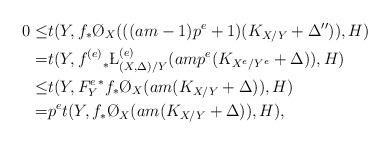
LaTeX: \begin{align*} 0\le &t(Y,f_*\O_X(((am-1)p^e+1)(K_{X/Y}+\Delta'')),H) \\ =&t(Y,{f^{(e)}}_*\L^{(e)}_{(X,\Delta)/Y}(amp^e(K_{X^e/Y^e}+\Delta)),H)\\ \le& t(Y,{F_Y^e}^*f_*\O_X(am(K_{X/Y}+\Delta)),H) \\ =& p^et(Y,f_*\O_X(am(K_{X/Y}+\Delta)),H), \end{align*}